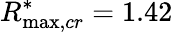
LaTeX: R_{\operatorname*{max},cr}^{*}=1.42